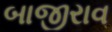
બાજીરાવ